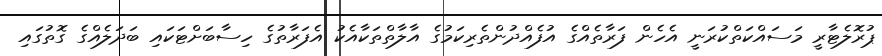
ޕުރޮލެޓާރީ މަސައްކަތްކުރަނީ އެހެން ފަރާތެއްގެ އުފެއްދުންތެރިކަމުގެ އާލާތްތަކާއެކު އެފަރާތުގެ ހިސާބަށްޓަކައި ބަދަލެއްގެ ގޮތުގައި